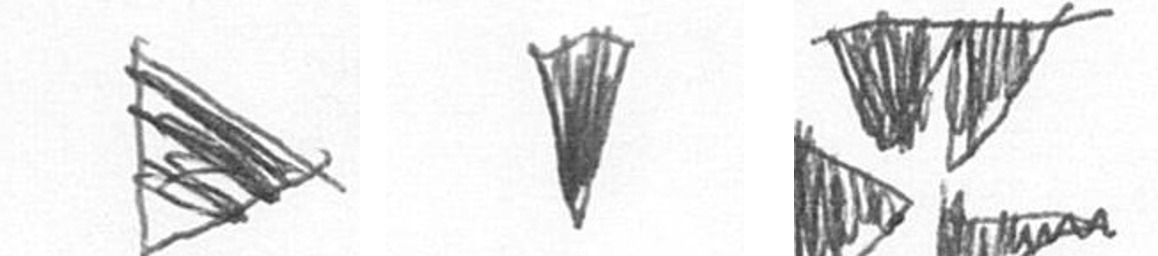
T J B